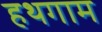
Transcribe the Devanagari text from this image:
हथगाम